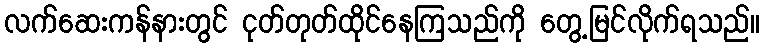
လက်ဆေးကန်နားတွင် ငုတ်တုတ်ထိုင်နေကြသည်ကို တွေ့မြင်လိုက်ရသည်။